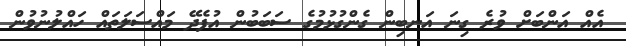
އެއް އަންބަށް ވުރެ ގިނަ އަނބިން ގެންގުޅުމުގެ ސަބަބުން އުފެދޭ މައްސަލަތައް ހައްލުނުވުން